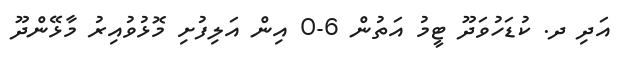
އަދި ދ. ކުޑަހުވަދޫ ޓީމު އަތުން 6-0 އިން އަލިފުށި މޮޅުވުއިރު މާޅޭންދޫ